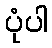
ပုံပါ